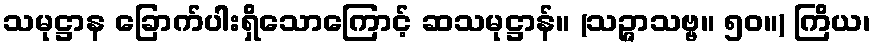
သမုဋ္ဌာန ခြောက်ပါးရှိသောကြောင့် ဆသမုဋ္ဌာန်။ (သဉ္ဇာသဗ္ဗ။ ၅၀။) ကြိယ၊